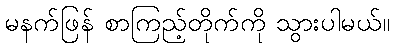
မနက်ဖြန် စာကြည့်တိုက်ကို သွားပါမယ်။